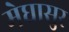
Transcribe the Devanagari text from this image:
मेघासुर